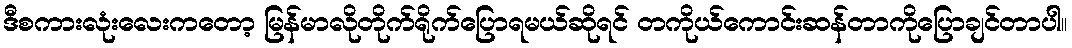
ဒီစကားလုံးလေးကတော့ မြန်မာလိုတိုက်ရိုက်ပြောရမယ်ဆိုရင် တကိုယ်ကောင်းဆန်တာကိုပြောချင်တာပါ။